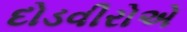
દોડવીરોએ